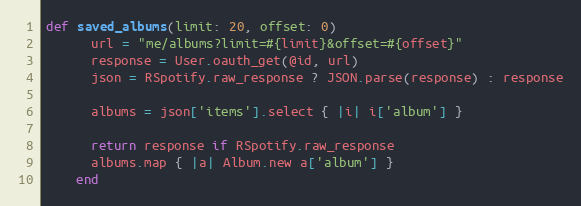
Language: Ruby
def saved_albums(limit: 20, offset: 0)
      url = "me/albums?limit=#{limit}&offset=#{offset}"
      response = User.oauth_get(@id, url)
      json = RSpotify.raw_response ? JSON.parse(response) : response

      albums = json['items'].select { |i| i['album'] }

      return response if RSpotify.raw_response
      albums.map { |a| Album.new a['album'] }
    end